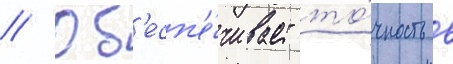
// Об'есп'е́чивает то́чность в